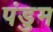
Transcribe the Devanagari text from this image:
पंडुम